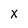
Character: X